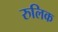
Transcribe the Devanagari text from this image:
रुलिक